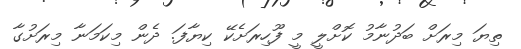
ތިޔަ މިރަށް ބަދުނާމު ކޮށްލީ މީ ފޫހިރަށެކޭ ކިޔާފަ. ދެން މިކަމަނާ މިރަށުގާ